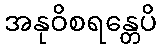
အနုဝိစရန္တေပိ